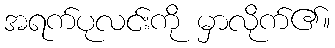
အရက်ပုလင်းကို မှာလိုက်၏။